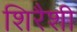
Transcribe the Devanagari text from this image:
शिरैशी